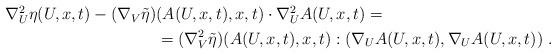
LaTeX: \begin{align*}\begin{aligned}\nabla^2_U \eta (U,x,t) - (\nabla_V \tilde{\eta} )& (A(U,x,t),x,t) \cdot \nabla^2_U A(U,x,t)= \\&=(\nabla_V^2 \tilde{\eta})(A(U,x,t),x,t) : ( \nabla_U A(U,x,t) , \nabla_U A(U,x,t) ) \;.\end{aligned}\end{align*}